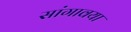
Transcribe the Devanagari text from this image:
सांगावया